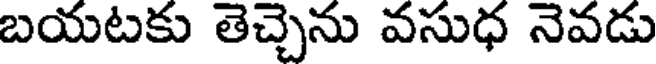
బయటకు తెచ్చెను వసుధ నెవడు